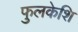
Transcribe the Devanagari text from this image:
फुलकेशि